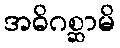
အဓိဂစ္ဆာမိ